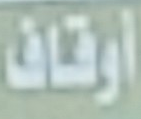
أوقاف